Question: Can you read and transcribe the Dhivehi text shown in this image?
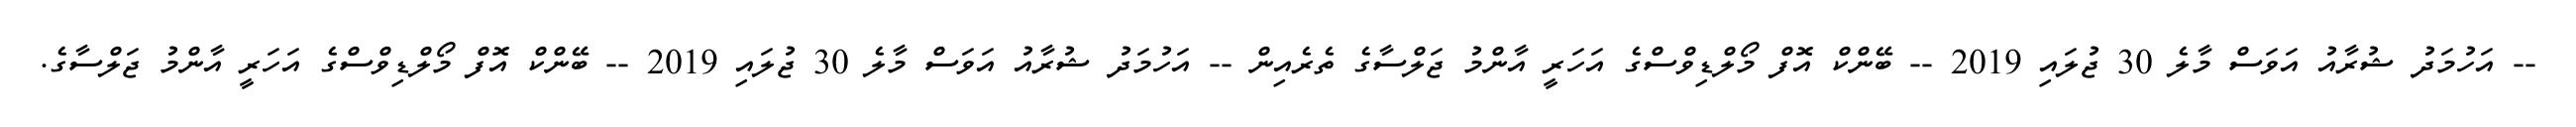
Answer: -- އަހުމަދު ޝުރާއު އަވަސް މާލެ 30 ޖުލައި 2019 -- ބޭންކް އޮފް މޯލްޑިވްސްގެ އަހަރީ އާންމު ޖަލްސާގެ ތެރެއިން -- އަހުމަދު ޝުރާއު އަވަސް މާލެ 30 ޖުލައި 2019 -- ބޭންކް އޮފް މޯލްޑިވްސްގެ އަހަރީ އާންމު ޖަލްސާގެ.